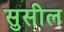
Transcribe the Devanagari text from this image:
सुसील